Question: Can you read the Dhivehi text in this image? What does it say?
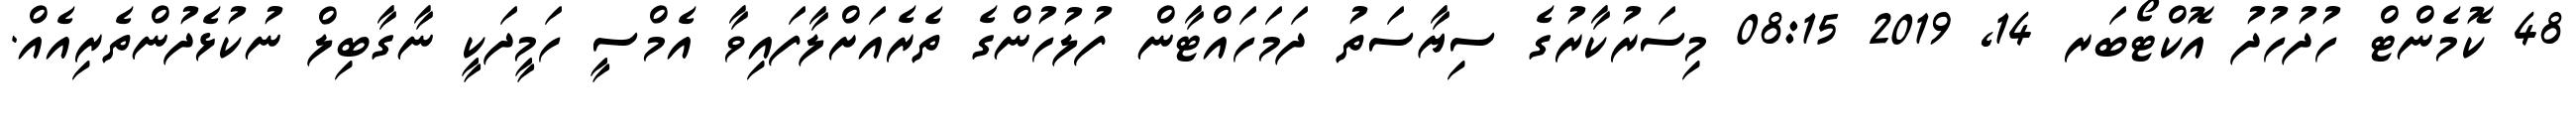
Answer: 48 ކޮމެންޓް ހުދުހުދު އޮކްޓޯބަރ 14, 2019 08:15 މިސަރުކާރުގެ ސިޔާސަތު ދަމަހައްޓާން ފުލުހުންގެ ތެރެއަށްލާފައިވާ އެމްސީ ހަމީދަކީ ނާގާބިލް ނުކުޅެދުންތެރިއެއް.